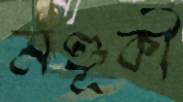
মণ্ডূকী